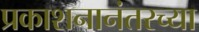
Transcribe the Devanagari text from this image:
प्रकाशनानंतरच्या